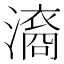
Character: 㵝